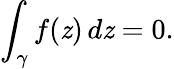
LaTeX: \int_{\gamma}f(\mathit{z})\, d\mathit{z}=0.